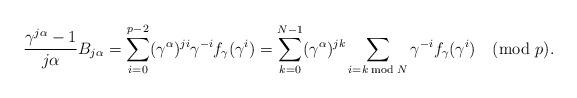
LaTeX: \begin{align*} \frac{\gamma^{j\alpha} - 1}{j\alpha} B_{j\alpha} & = \sum_{i=0}^{p-2} (\gamma^\alpha)^{ji} \gamma^{-i} f_\gamma(\gamma^i) = \sum_{k=0}^{N-1} (\gamma^\alpha)^{jk} \sum_{i = k \bmod N} \gamma^{-i} f_\gamma(\gamma^i) \pmod p.\end{align*}